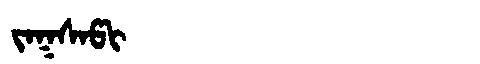
Manchu: ᠵᠠᡴᠰᠠᡦᡳ
Romanization: JAKSAPI